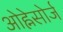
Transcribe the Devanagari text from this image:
ओह्नेसोर्ज